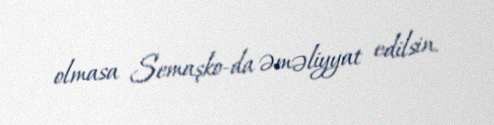
olmasa Semaşko-da əməliyyat edilsin.